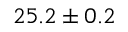
2 5 . 2 \pm 0 . 2